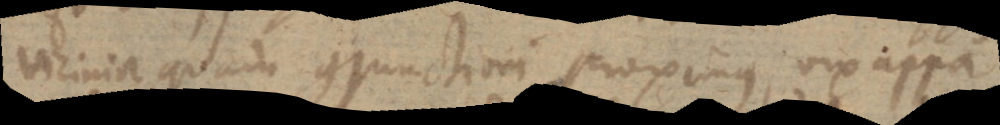
vicinior quam conjunctioni proximus, vix appa